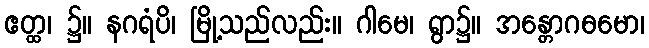
ဧတ္ထ၊ ၌။ နဂရံပိ၊ မြို့သည်လည်း။ ဂါမေ၊ ရွာ၌။ အန္တောဂဓမော၊